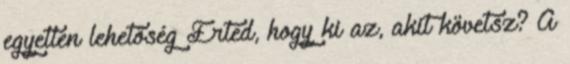
egyetlen lehetőség Érted, hogy ki az, akit követsz? A